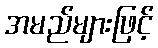
အမည်များဖြင့်